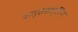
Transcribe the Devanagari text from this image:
कन्ससल्टिंग